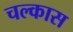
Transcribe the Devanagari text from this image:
चल्कास